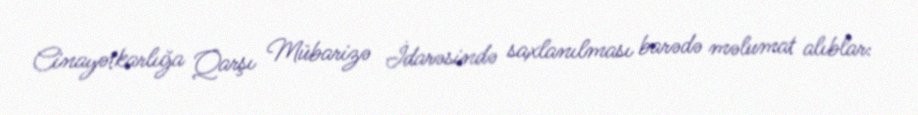
Cinayətkarlığa Qarşı Mübarizə İdarəsində saxlanılması barədə məlumat alıblar: